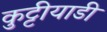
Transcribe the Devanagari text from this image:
कुट्टीयाडी